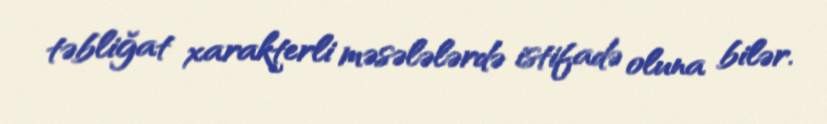
təbliğat xarakterli məsələlərdə istifadə oluna bilər.